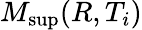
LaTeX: M_{\operatorname*{sup}}(R,T_{i})